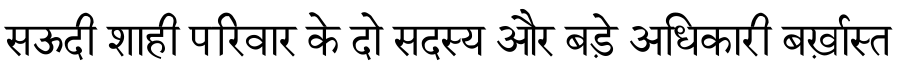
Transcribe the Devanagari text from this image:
सऊदी शाही परिवार के दो सदस्य और बड़े अधिकारी बर्ख़ास्त